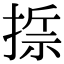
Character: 𢰂